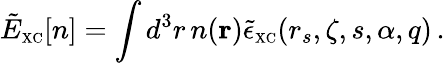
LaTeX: \tilde{E}_{\scriptscriptstyle\mathrm{XC}}[n]=\int d^{3}r\, n({\mathbf r})\tilde{\epsilon}_{\scriptscriptstyle\mathrm{XC}}(r_{s},\zeta,s,\alpha,q)\, .